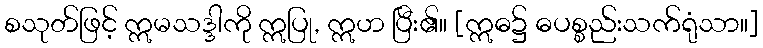
စသုတ်ဖြင့် ဣမသဒ္ဒါကို ဣပြု, ဣဟ ပြီး၏။ [ဣဓ၌ ဓပစ္စည်းသက်ရုံသာ။]